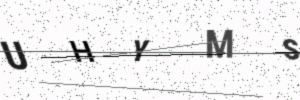
Text: UHYMS